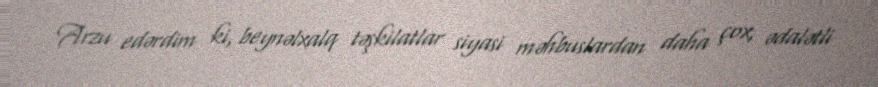
Arzu edərdim ki, beynəlxalq təşkilatlar siyasi məhbuslardan daha çox, ədalətli